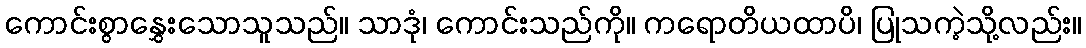
ကောင်းစွာနွှေးသောသူသည်။ သာဒုံ၊ ကောင်းသည်ကို။ ကရောတိယထာပိ၊ ပြုသကဲ့သို့လည်း။